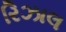
રિઝાલ